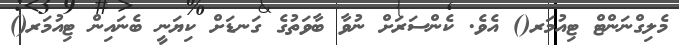
މެލިގްނަންޓް ޓިއުމަރ() އެވެ. ކެންސަރަށް ނުވާ ބާވަތުގެ ގަނޑަށް ކިޔަނީ ބެނައިން ޓިއުމަރ()